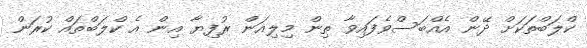
ކްލަބްތަކަށް ދޭން އެއްބަސްވެފައިވާ ތިން މިލިއަން ރުފިޔާ އިން އެ ކްލަބްތައް ކުރަން